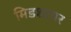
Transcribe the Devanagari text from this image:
मिडशायर